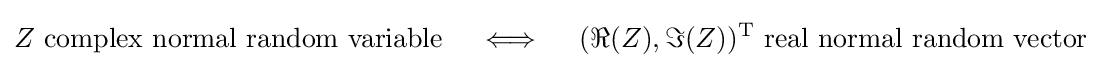
Z{\text{ complex normal random variable}}\quad \iff \quad (\Re (Z),\Im (Z))^{\mathrm {T} }{\text{ real normal random vector}}